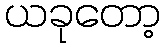
ယခုတော့